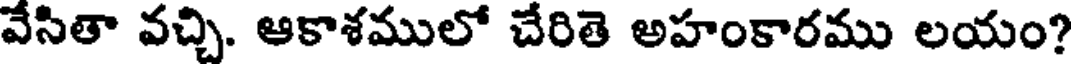
వేసితా వచ్చి. ఆకాశములో చేరితె అహంకారము లయం?